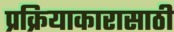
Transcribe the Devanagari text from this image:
प्रक्रियाकारासाठी